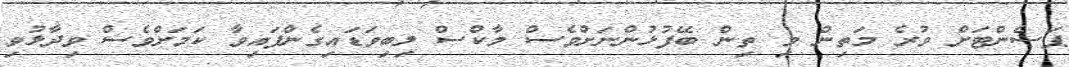
ޕަސެންޓަށް ވުރެ މަތިން މި ތިން ބޭފުޅުންނަށްވެސް މާކްސް ލިބިވަޑައިގެންފައިވާ ކަމަށްވެސް ވިދާޅުވި